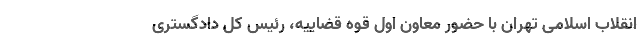
انقلاب اسلامی تهران با حضور معاون اول قوه قضاییه، رئیس کل دادگستری